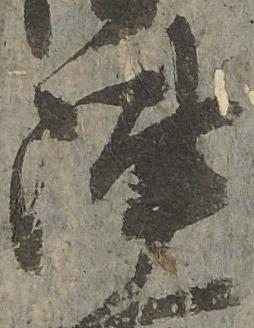
陣